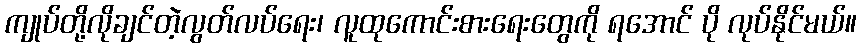
ကျုပ်တို့လိုချင်တဲ့လွတ်လပ်ရေး၊ လူထုကောင်းစားရေးတွေကို ရအောင် ပို လုပ်နိုင်မယ်။